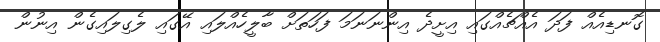
ގޮނޑިއެއް ފަދަ އެއްޗެއްގައި އިށީދެ އިންނަނަމަ ފަހަތަށް ބާލީހެއްލައި އޭގައި ލެގިލައިގެން އިނުން